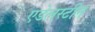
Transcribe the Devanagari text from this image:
एडेलस्टीन